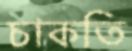
চাকতি